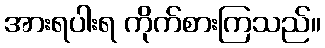
အားရပါးရ ကိုက်စားကြသည်။